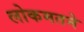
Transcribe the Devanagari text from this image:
लोकमतने